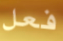
فعل